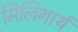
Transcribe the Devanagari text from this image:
मिलिगार्थ